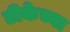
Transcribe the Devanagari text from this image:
टीकेच्या